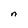
Character: n